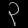
Digit: ၃